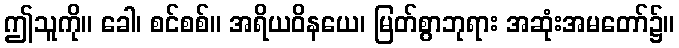
ဤသူကို။ ခေါ၊ စင်စစ်။ အရိယဝိနယေ၊ မြတ်စွာဘုရား အဆုံးအမတော်၌။